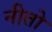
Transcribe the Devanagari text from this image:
नीतो